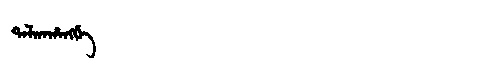
Manchu: ᡨᠠᠯᡴᠠᡥᠠᠩᡤᡝ
Romanization: TALKAHANGGE